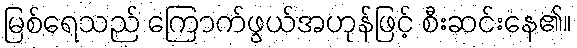
မြစ်ရေသည် ကြောက်ဖွယ်အဟုန်ဖြင့် စီးဆင်းနေ၏။